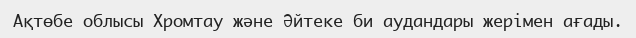
Ақтөбе облысы Хромтау және Әйтеке би аудандары жерімен ағады.